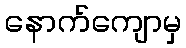
နောက်ကျောမှ